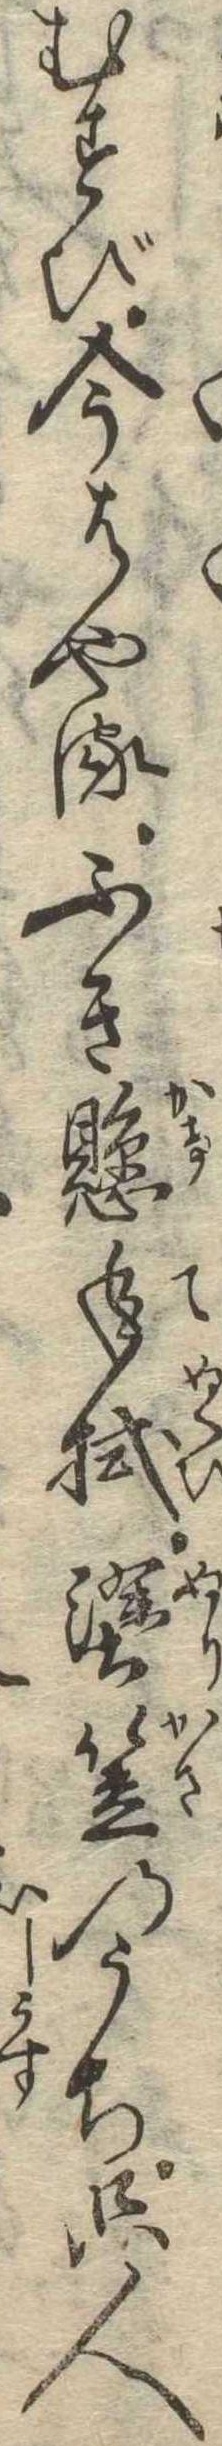
むすび今はやるふき懸手拭塗笠のうち只人